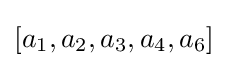
[a_{1},a_{2},a_{3},a_{4},a_{6}]